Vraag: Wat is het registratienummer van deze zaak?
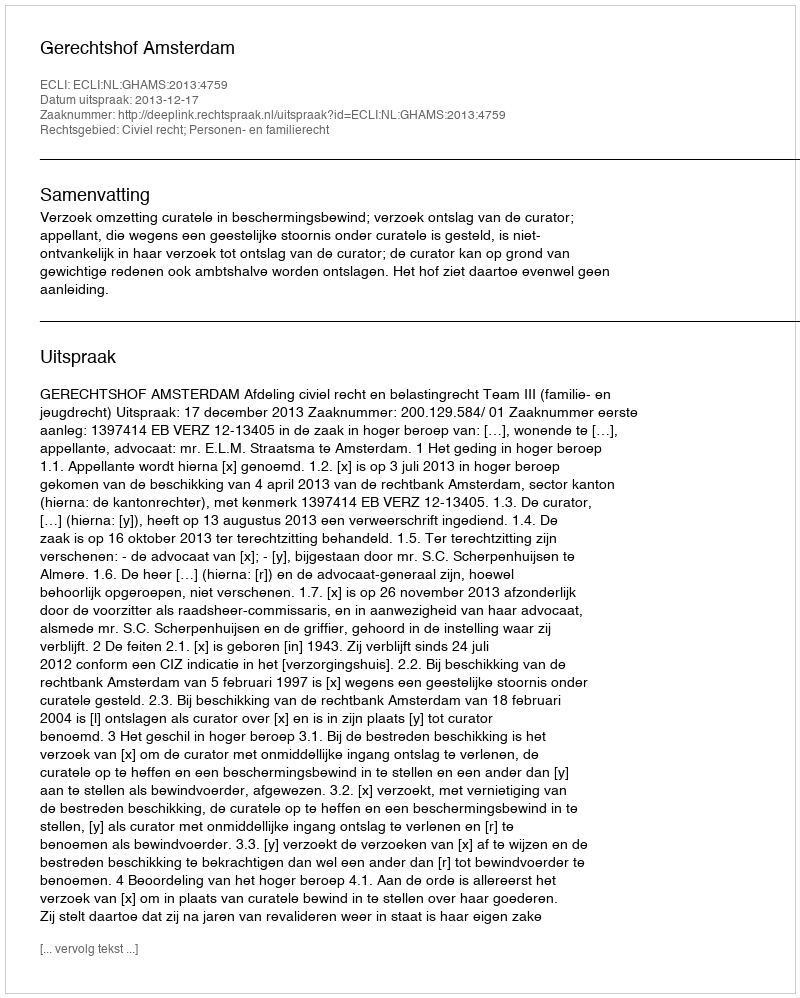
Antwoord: http://deeplink.rechtspraak.nl/uitspraak?id=ECLI:NL:GHAMS:2013:4759